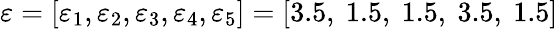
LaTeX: \varepsilon=\left[\varepsilon_{1},\varepsilon_{2},\varepsilon_{3},\varepsilon_{4},\varepsilon_{5}\right]=[3.5,\ 1.5,\ 1.5,\ 3.5,\ 1.5]